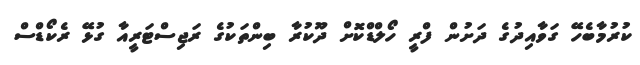
ކުރުމާބެހޭ ގަވާއިދުގެ ދަށުން ފްރީ ހޯލްޑްކޮށް ދޫކުރާ ބިންތަކުގެ ރަޖިސްޓަރީއާ ގުޅޭ ރެކޯޑްސް